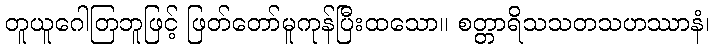
တူယူဂေါတြဘူဖြင့် ဖြတ်တော်မူကုန်ပြီးထသော။ စတ္တာရိသသတသဟဿာနံ၊